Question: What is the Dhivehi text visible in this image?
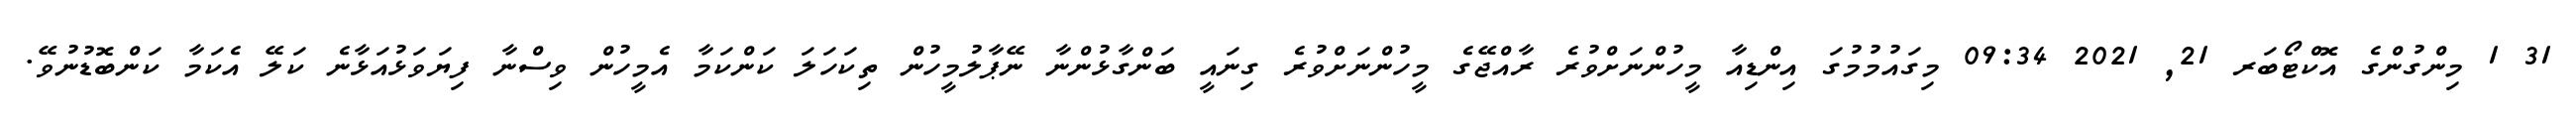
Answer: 31 1 މިންގުންގެ އޮކްޓޯބަރ 21, 2021 09:34 މިގައުމުމުގަ އިންޑިއާ މީހުންނަށްވުރެ ރާއްޖޭގެ މީހުންނަށްވުރެ ގިނައީ ބަންގާޅުންނާ ނޭޕާލުމީހުން ތިކަހަލަ ކަންކަމާ އެމީހުން ވިސްނާ ފިޔަވަޅުއަޅާނެ ކަލޭ އެކަމާ ކަންބޮޑުނުވޭ.